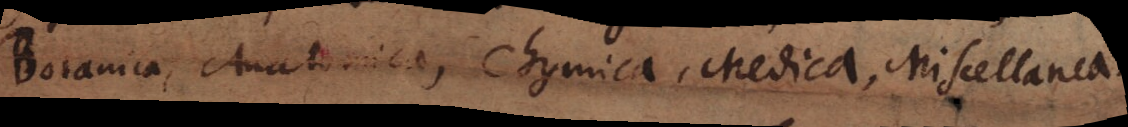
Botanica, Anatomica, Chymica, Medica, Miscellanea